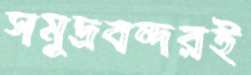
সমুদ্রবন্দরই